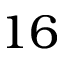
1 6